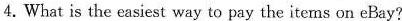
4.What is the easiest way to pay the items on eBay?